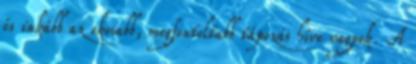
és inkább az okosabb, megfontoltabb tápozás híve vagyok. A